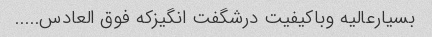
بسیارعالیه وباکیفیت درشگفت انگیزکه فوق العادس.....